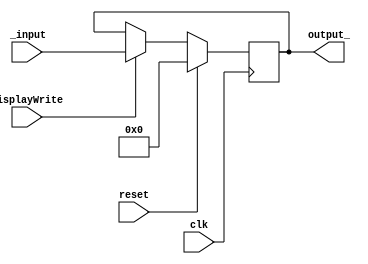
module displayReg(_input, output_, clk, displayWrite, reset);
	input [31:0] _input;				//
	output reg [31:0] output_;		//
	input displayWrite;				//
	input clk; 							//Clock
	input reset;
	always @(posedge clk) begin
		if(reset)
			output_ <= 31'd0;
		else if(displayWrite)
			output_ <= _input;				//Atribuio do valor de saida
	end
endmodule